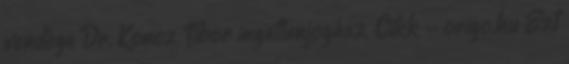
vendége Dr. Koncz Tibor ingatlanjogász. Cikk - origo.hu Ezt